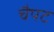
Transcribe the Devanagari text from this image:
चैपट